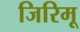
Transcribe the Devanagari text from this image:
जिरिमू